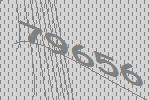
79656